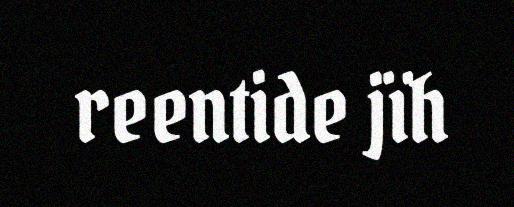
reentide jïh